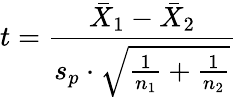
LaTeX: t={\frac{{\bar{X}}_{1}-{\bar{X}}_{2}}{s_{p}\cdot{\sqrt{{\frac{1}{n_{1}}}+{\frac{1}{n_{2}}}}}}}